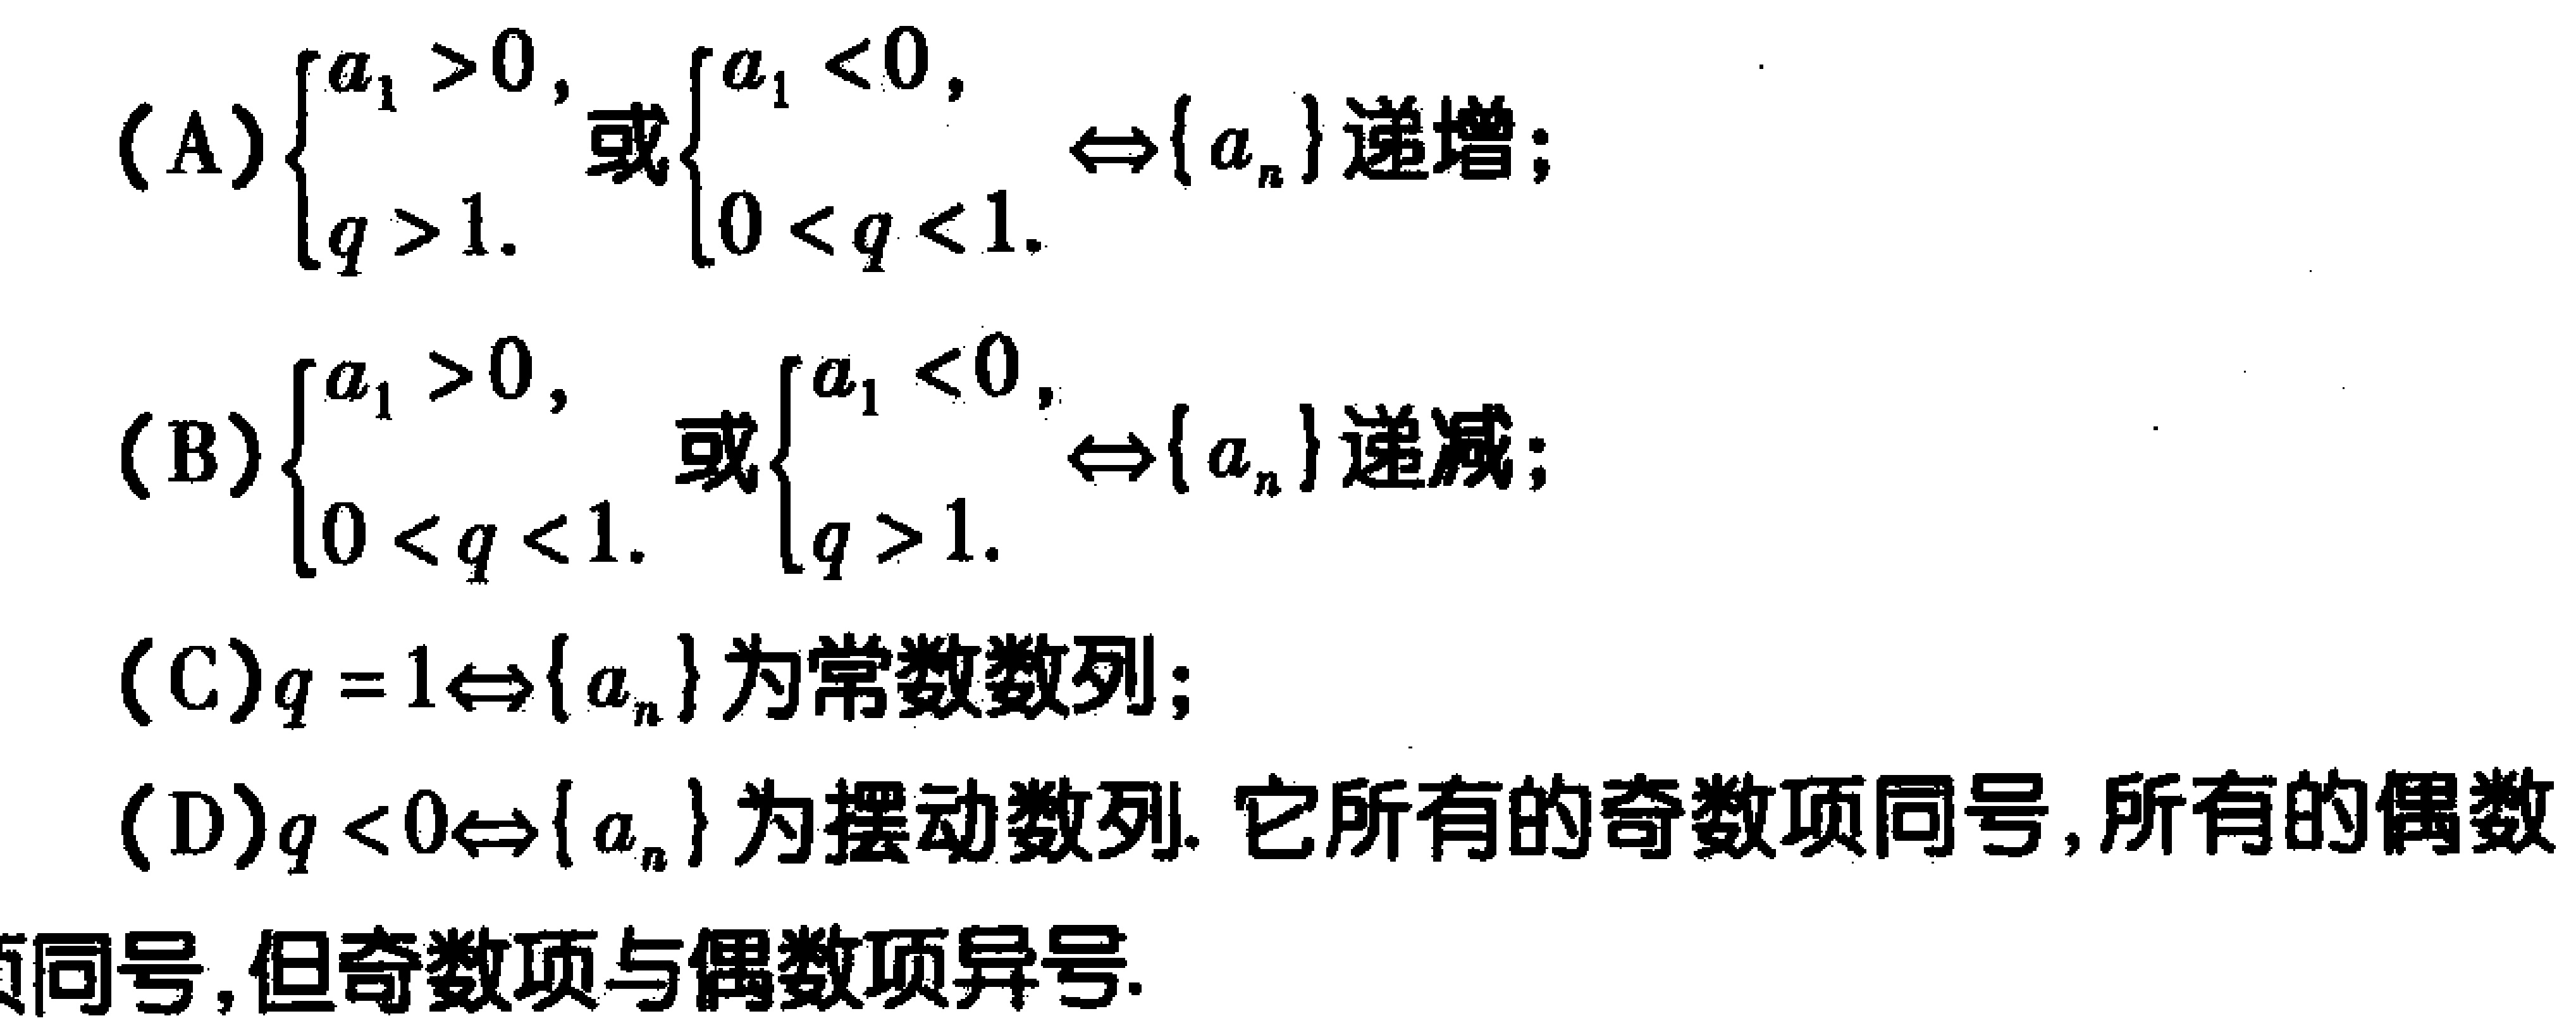
(A)$\begin{cases}a_{1}>0,\\q > 1.\end{cases}$或$\begin{cases}a_{1}<0,\\0 < q < 1.\end{cases}\Leftrightarrow \{a_{n}\}$递增；
(B)$\begin{cases}a_{1}>0,\\0 < q < 1.\end{cases}$或$\begin{cases}a_{1}<0,\\q > 1.\end{cases}\Leftrightarrow \{a_{n}\}$递减；
(C)$q = 1\Leftrightarrow \{a_{n}\}$为常数数列；
(D)$q < 0\Leftrightarrow \{a_{n}\}$为摆动数列. 它所有的奇数项同号,所有的偶数项同号,但奇数项与偶数项异号.